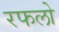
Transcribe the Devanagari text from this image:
रफलो